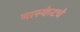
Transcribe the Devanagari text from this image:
बास्केटचे